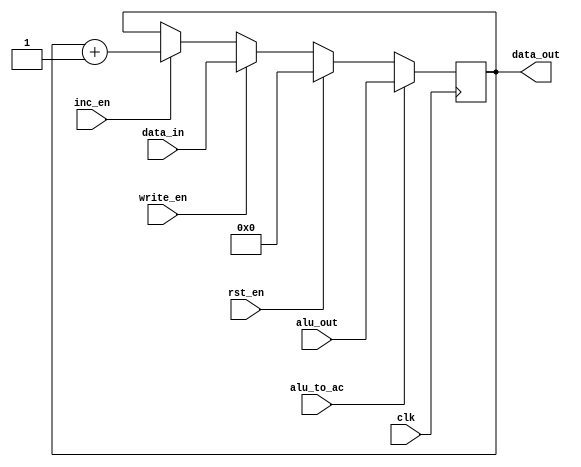
module ac(clk,data_in,write_en,inc_en,rst_en,alu_to_ac,alu_out,data_out);
	input clk, write_en, inc_en, rst_en,alu_to_ac;
	input [15:0] alu_out;
	input [15:0] data_in;
	output reg [15:0] data_out = 16'd0;
	
	always @(posedge clk)
		begin
			if (inc_en==1)
				data_out <= data_out+ 16'd1;
			if (write_en==1)
				data_out <= data_in;
			if (rst_en==1)
				data_out <= 16'd0;
			if (alu_to_ac==1)
				data_out <= alu_out;
		end
endmodule